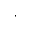
\cdot